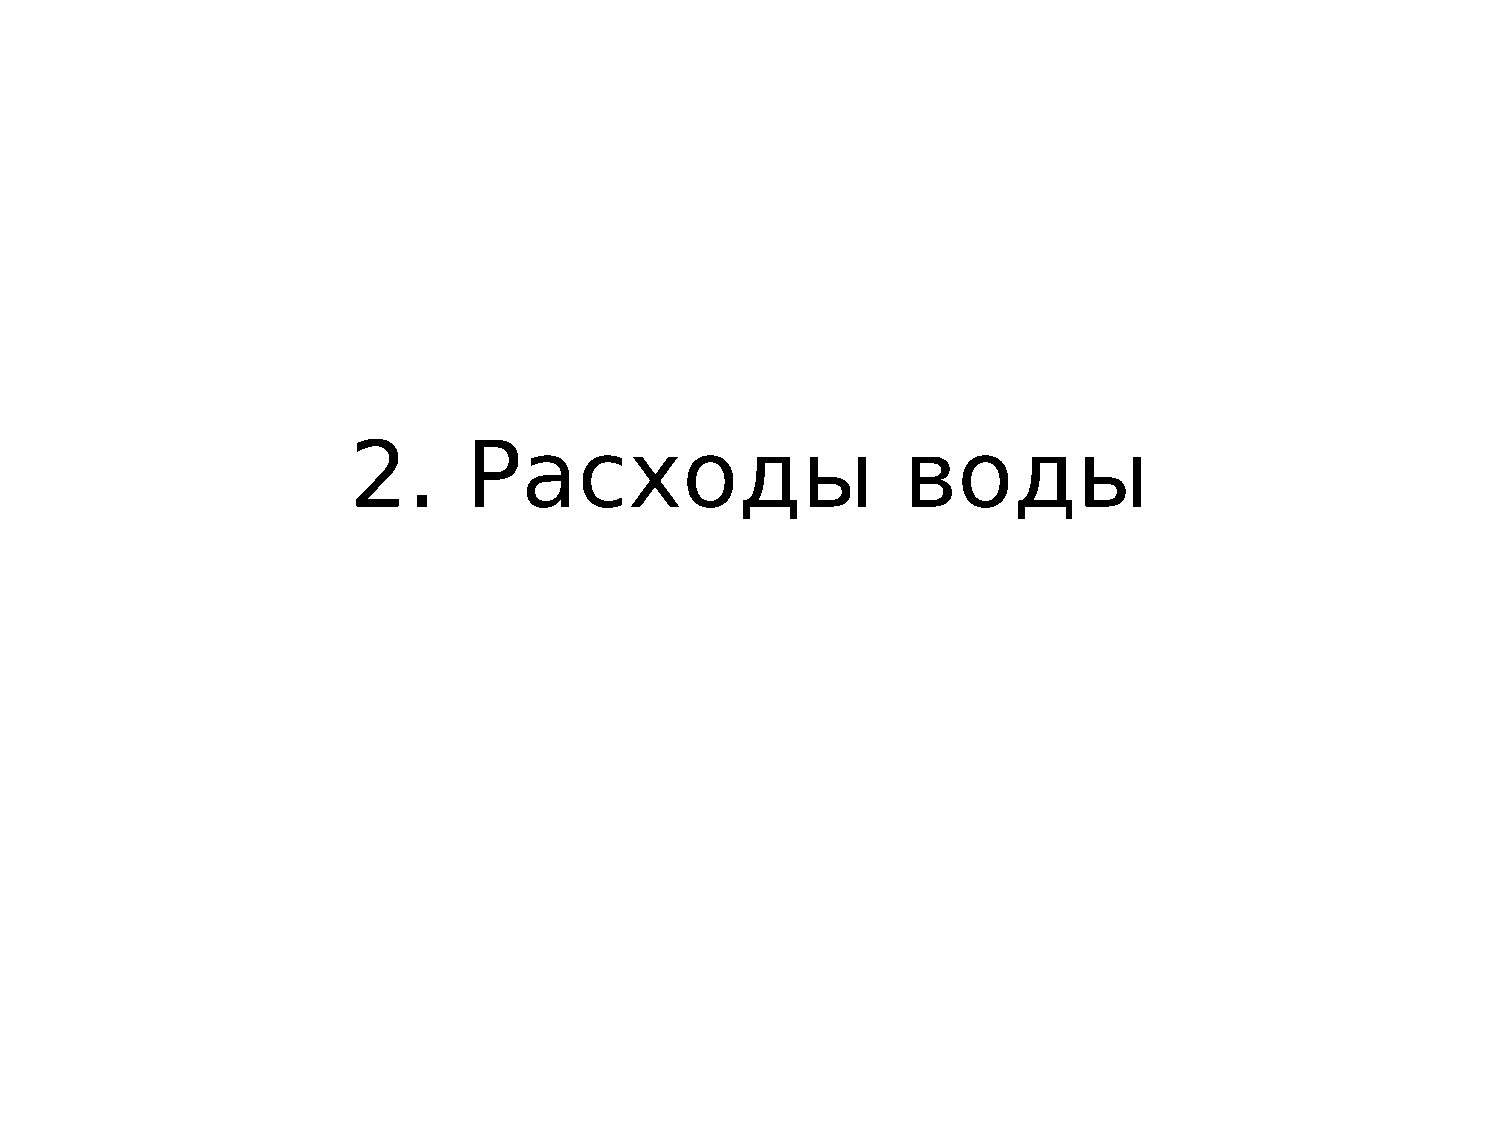
2.      Расходы                      воды